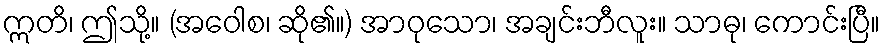
ဣတိ၊ ဤသို့။ (အဝေါစ၊ ဆို၏။) အာဝုသော၊ အချင်းဘီလူး။ သာဓု၊ ကောင်းပြီ။